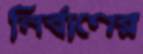
নির্বাণের